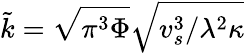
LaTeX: \tilde{\mathcal{k}}=\sqrt{\pi^{3}\Phi}\sqrt{v_{s}^{3}/\lambda^{2}\kappa}